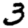
Digit: 3